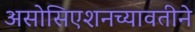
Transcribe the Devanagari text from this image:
असोसिएशनच्यावतीने